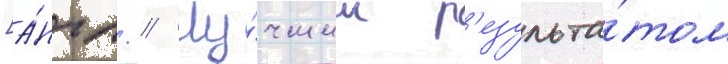
[а́нгл. // Лу́чшим р'езульта́том